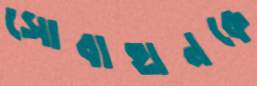
সোবাহানকে